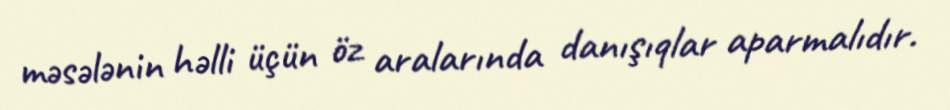
məsələnin həlli üçün öz aralarında danışıqlar aparmalıdır.